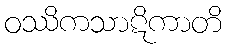
ဝဿိကသာဋိကာတိ